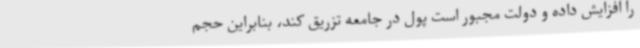
را افزایش داده و دولت مجبور است پول در جامعه تزریق کند، بنابراین حجم